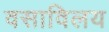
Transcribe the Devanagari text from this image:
वसाविलय